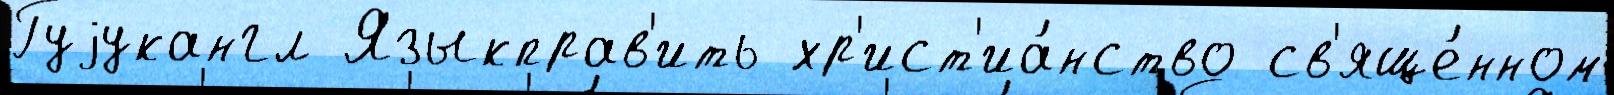
Гуjукангл Языкправ'ить хр'ист'иа́нство св'яще́нном